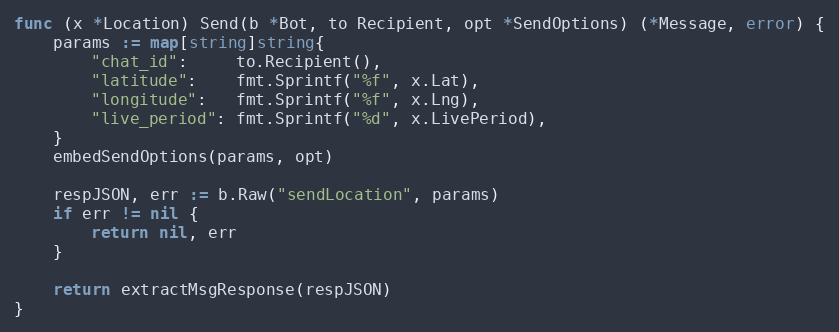
Language: Go
func (x *Location) Send(b *Bot, to Recipient, opt *SendOptions) (*Message, error) {
	params := map[string]string{
		"chat_id":     to.Recipient(),
		"latitude":    fmt.Sprintf("%f", x.Lat),
		"longitude":   fmt.Sprintf("%f", x.Lng),
		"live_period": fmt.Sprintf("%d", x.LivePeriod),
	}
	embedSendOptions(params, opt)

	respJSON, err := b.Raw("sendLocation", params)
	if err != nil {
		return nil, err
	}

	return extractMsgResponse(respJSON)
}